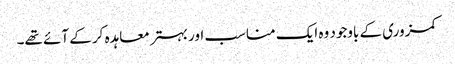
کمزوری کے باوجود وہ ایک مناسب اور بہتر معاہدہ کر کے آئے تھے۔